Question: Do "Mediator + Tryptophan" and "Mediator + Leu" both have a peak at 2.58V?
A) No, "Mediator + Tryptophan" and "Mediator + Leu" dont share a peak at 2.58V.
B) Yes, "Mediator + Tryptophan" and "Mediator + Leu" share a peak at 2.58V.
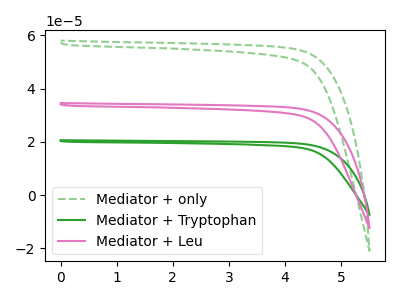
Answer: <think>The green dashed curve "Mediator + only" has no peaks. The green curve "Mediator + Tryptophan" has no peaks. The pink curve "Mediator + Leu" has no peaks.</think>
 <answer>A) No, "Mediator + Tryptophan" and "Mediator + Leu" dont share a peak at 2.58V.</answer>
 <eval>A</eval>